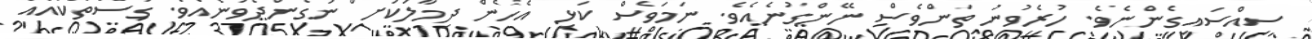
ސިއްސައިގެންނެވެ. ހުރެވުނު ތަންވެސް ނޭންގުނެއެވެ. ނަމަވެސް ކަޅި އެހެން ދިމާލަކަށް ނުގެންދެވުނެއެވެ. ގަސްތަކުއެއް